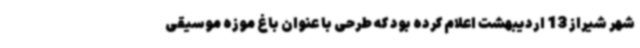
شهر شیراز 13 اردیبهشت اعلام کرده بود که طرحی با عنوان باغ موزه موسیقی